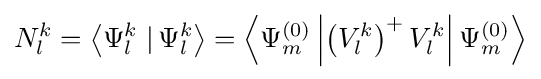
N_{l}^{k}=\left\langle \Psi _{l}^{k}\left.\right|\Psi _{l}^{k}\right\rangle =\left\langle \Psi _{m}^{(0)}\left|\left(V_{l}^{k}\right)^{+}V_{l}^{k}\right|\Psi _{m}^{(0)}\right\rangle